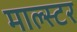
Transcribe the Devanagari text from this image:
माल्स्टर